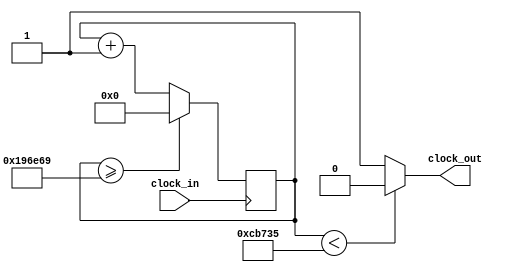
`timescale 1ns / 1ps
//////////////////////////////////////////////////////////////////////////////////
// Company: 
// Engineer: 
// 
// Design Name: 
// Module Name: clockDiv
// Project Name: 
// Target Devices: 
// Tool Versions: 
// Description: 
// https://www.fpga4student.com/2017/08/verilog-code-for-clock-divider-on-fpga.html
// Dependencies: s
// 
// Revision:
// Revision 0.01 - File Created
// Additional Comments:
// 
//////////////////////////////////////////////////////////////////////////////////


module clockDiv(clock_in,clock_out
    );
input clock_in; // input clock on FPGA
output clock_out; // output clock after dividing the input clock by divisor
reg[27:0] counter=28'd0;
parameter DIVISOR = 28'd1666666;
// The frequency of the output clk_out
//  = The frequency of the input clk_in divided by DIVISOR
// For example: Fclk_in = 50Mhz, if you want to get 1Hz signal to blink LEDs
// You will modify the DIVISOR parameter value to 28'd50.000.000
// Then the frequency of the output clk_out = 50Mhz/50.000.000 = 1Hz
always @(posedge clock_in)
begin
 counter <= counter + 28'd1;
 if(counter>=(DIVISOR-1))
  counter <= 28'd0;
end
assign clock_out = (counter<DIVISOR/2)?1'b0:1'b1;
endmodule